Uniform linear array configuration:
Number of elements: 16
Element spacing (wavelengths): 0.75
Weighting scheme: exponential
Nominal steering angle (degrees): -60
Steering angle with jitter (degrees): -60.631
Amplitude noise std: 0.05
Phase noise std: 0.05

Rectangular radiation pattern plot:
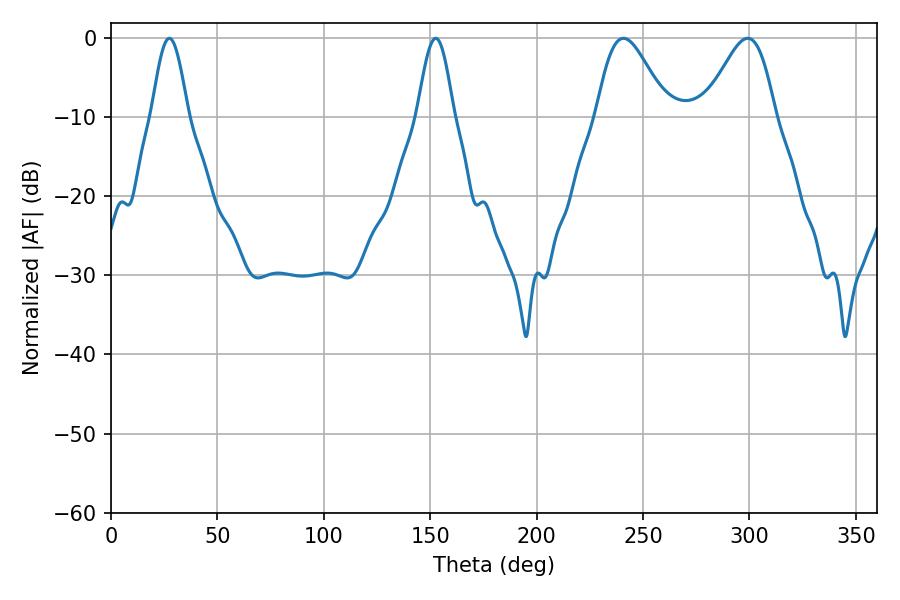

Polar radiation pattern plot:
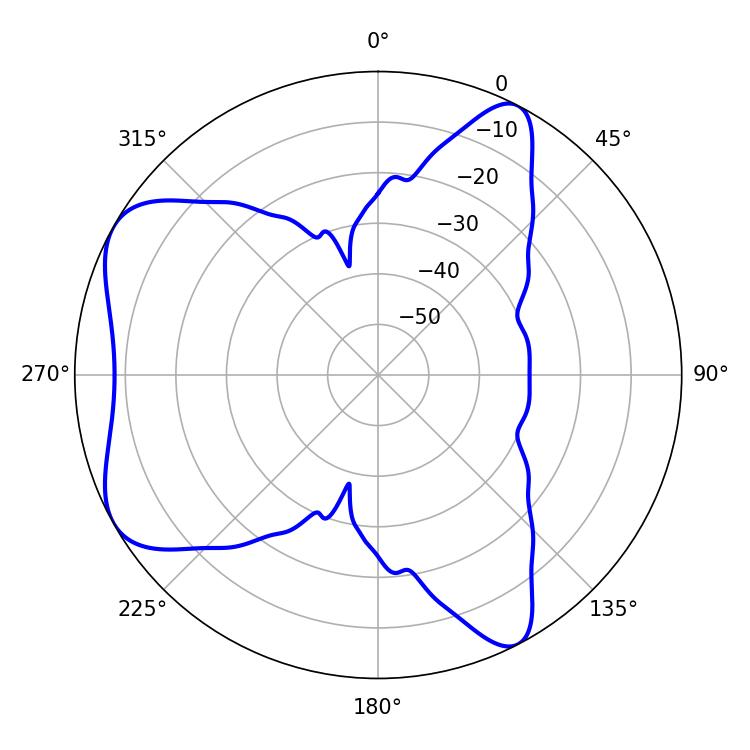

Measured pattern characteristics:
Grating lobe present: TRUE
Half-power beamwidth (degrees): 17.46
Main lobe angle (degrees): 240.84